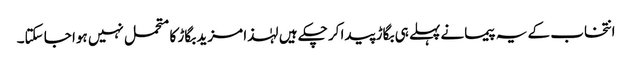
انتخاب کے یہ پیمانے پہلے ہی بگاڑ پیدا کر چکے ہیں لہٰذا مزید بگاڑ کا متحمل نہیں ہوا جا سکتا۔